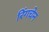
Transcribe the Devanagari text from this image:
रिंगचेन